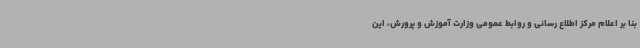
بنا بر اعلام مرکز اطلاع رسانی و روابط عمومی وزارت آموزش و پرورش، این